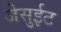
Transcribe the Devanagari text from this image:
जेसुईट